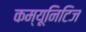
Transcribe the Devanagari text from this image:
कम्यूनिटिज